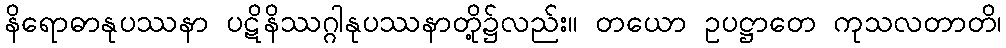
နိရောဓာနုပဿနာ ပဋိနိဿဂ္ဂါနုပဿနာတို့၌လည်း။ တယော ဥပဋ္ဌာတေ ကုသလတာတိ၊